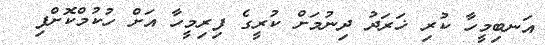
އަނބިމީހާ ކުރި ޚަރަދު ދިނުމަށް ކުރީގެ ފިރިމީހާ އަށް ހުކުމްކޮށްފި